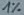
Text: 1%